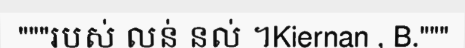
"""របស់ លន់ នល់ ។Kiernan , B."""